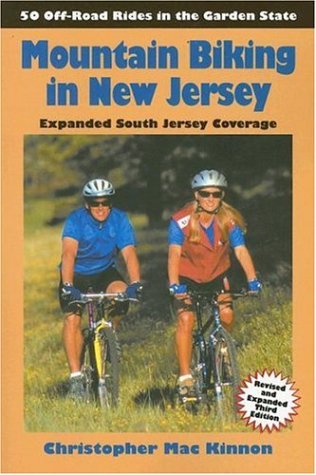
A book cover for Mountain Biking in New Jersey, 3rd Edition: 50 Off-Road Rides; Christopher Mac Kinnon; Travel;